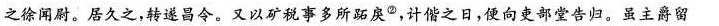
之徐闻尉。居久之，转遂昌令。又以矿税事多所跖戾◎，计偕之日，便向吏部堂告归。虽主爵留